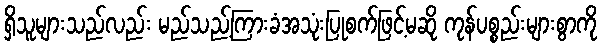
ရှိသူများသည်လည်း မည်သည့်ကြားခံအသုံးပြုစက်ဖြင့်မဆို ကုန်ပစ္စည်းများစွာကို